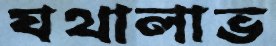
যথালাভ